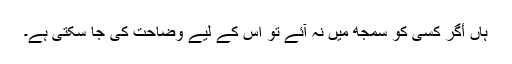
ہاں أگر کسی کو سمجھ میں نہ آئے تو اس کے لیے وضاحت کی جا سکتی ہے۔